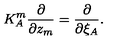
K _ { A } ^ { m } \frac { \partial } { \partial z _ { m } } = \frac { \partial } { \partial \xi _ { A } } .